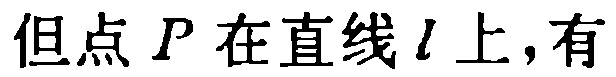
但点 \(P\) 在直线 \(l\) 上,有